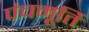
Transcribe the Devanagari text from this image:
पंचमूर्ति